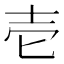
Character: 壱